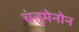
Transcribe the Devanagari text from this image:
चंतुमेनोन